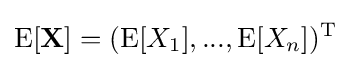
\operatorname {E} [\mathbf {X} ]=(\operatorname {E} [X_{1}],...,\operatorname {E} [X_{n}])^{\mathrm {T} }